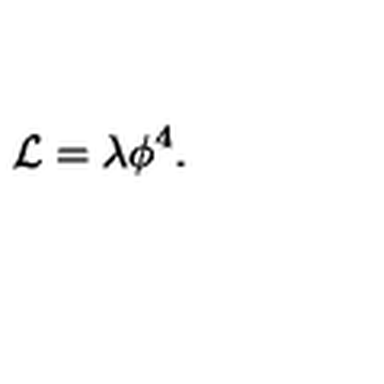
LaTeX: { \cal L } = \lambda \phi ^ { 4 } .